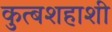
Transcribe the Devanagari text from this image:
कुत्बशहाशी